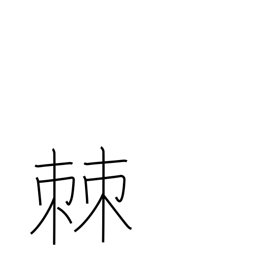
Meaning: splinter